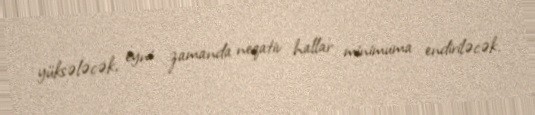
yüksələcək, eyni zamanda neqativ hallar minimuma endiriləcək.